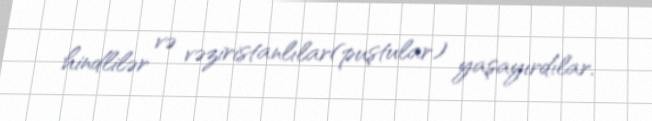
hindlilər və vəziristanlılar(puştular) yaşayırdılar.